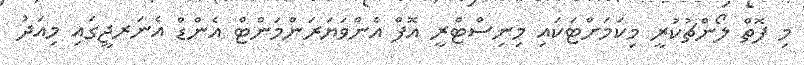
މި ފޮތް ލޯންޗުކުރީ މިކަމަށްޓަކައި މިނިސްޓްރީ އޮފް އެންވަޔަރަންމަންޓް އެންޑް އެނަރޖީގައި މިއަދު